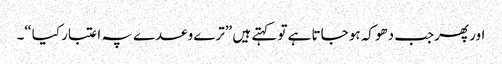
اور پھرجب دھوکہ ہو جاتا ہے تو کہتے ہیں ”ترے وعدے پہ اعتبار کیا“۔